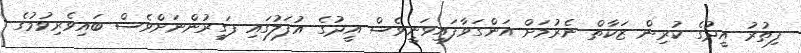
ފިތުރު އީދުގެ ކުރިން ޒަކާތް ނެރުމަށް އަންގަވާފައިވަނީވެސް އީދުގެ އުފަލުގައި ފަގީރުންނަށްވެސް ބައިވެރިވުމުގެ